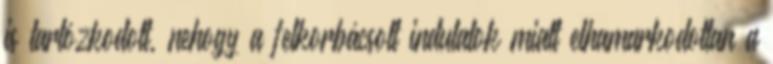
is tartózkodott, nehogy a felkorbácsolt indulatok miatt elhamarkodottan a